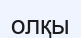
олқы